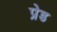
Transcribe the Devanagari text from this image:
प्रेड